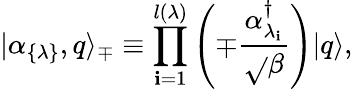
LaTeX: |\alpha_{\{ \lambda\} },q\rangle_{\mp}\equiv\prod_{\mathbf{i}=1}^{l(\lambda)}\left(\mp{\frac{{\alpha_{\lambda_{\mathbf{i}}}^{\dagger}}}{{\sqrt{}{{\beta}}}}}\right)|q\rangle,